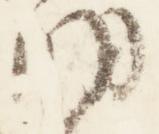
明